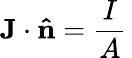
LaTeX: \mathbf{J}\cdot\mathbf{\hat{n}}={\frac{I}{A}}\,